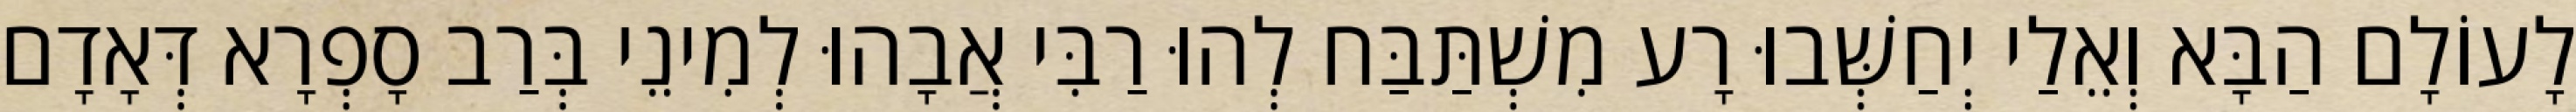
לָעוֹלָם הַבָּא וְאֵלַי יְחַשְּׁבוּ רָע מִשְׁתַּבַּח לְהוּ רַבִּי אֲבָהוּ לְמִינֵי בְּרַב סָפְרָא דְּאָדָם